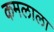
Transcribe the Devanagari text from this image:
कमलाला